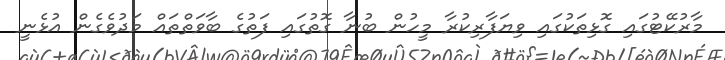
މާރުކޭޓުގައި ގޮޅިތަކުގައި ވިޔަފާރިކުރާ މީހުން ބުނާ ގޮތުގައި ފަތުގެ ބާވަތްތައް މަދުވެގެން އުޅެނީ